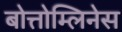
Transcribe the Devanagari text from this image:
बोत्तोम्लिनेस